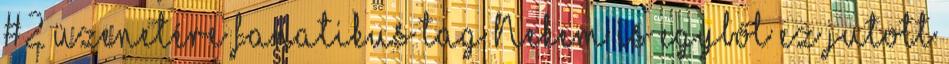
#2 üzenetére fanatikus tag Nekem is egyből ez jutott